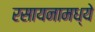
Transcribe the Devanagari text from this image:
रसायनामध्ये